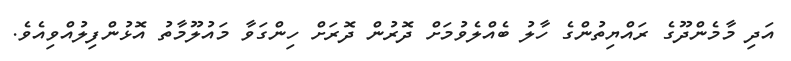
އަދި މާމެންދޫގެ ރައްޔިތުންގެ ހާލު ބެއްލެވުމަށް ދޮރުން ދޮރަށް ހިންގަވާ މައުލޫމާތު އޮޅުންފިލުއްވިއެވެ.